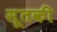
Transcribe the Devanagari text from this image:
सूतकी